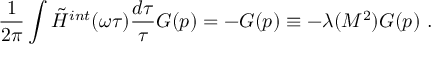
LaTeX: \frac { 1 } { 2 \pi } \int \tilde { H } ^ { i n t } ( \omega \tau ) \frac { d \tau } { \tau } { \cal G } ( p ) = - { \cal G } ( p ) \equiv - \lambda ( M ^ { 2 } ) { \cal G } ( p ) \ .